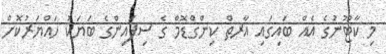
މި ކާޓޫނުގެ އެއް ބައިގައި އާރތް ކިންގްޑޮމް ގެ ސިފައިންގެ ބަޔަކު ހައްޔަރުކޮށް